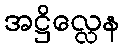
အဋ္ဌိလ္လေန